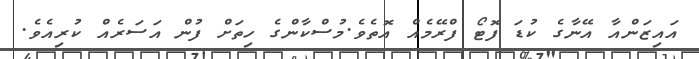
އައިޒަންއާ އޭނާގެ ކުޑަ ފޮޓޯ ފްރޭމެއް އޮތެވެ.މުސްކާންގެ ހިތަށް ފުން އަސަރެއް ކުރިއެވެ.